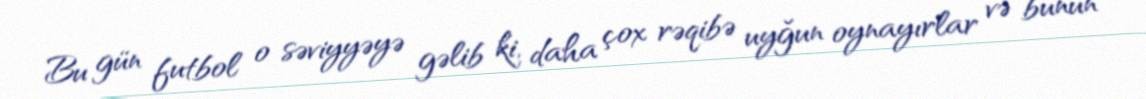
Bu gün futbol o səviyyəyə gəlib ki, daha çox rəqibə uyğun oynayırlar və bunun